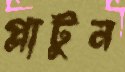
প্লাটুন